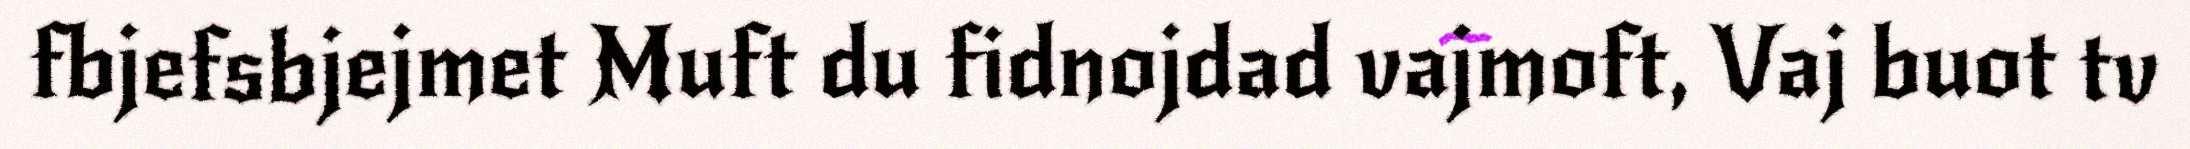
fbjefsbjejmet Muft du fidnojdad vajmoft, Vaj buot tv